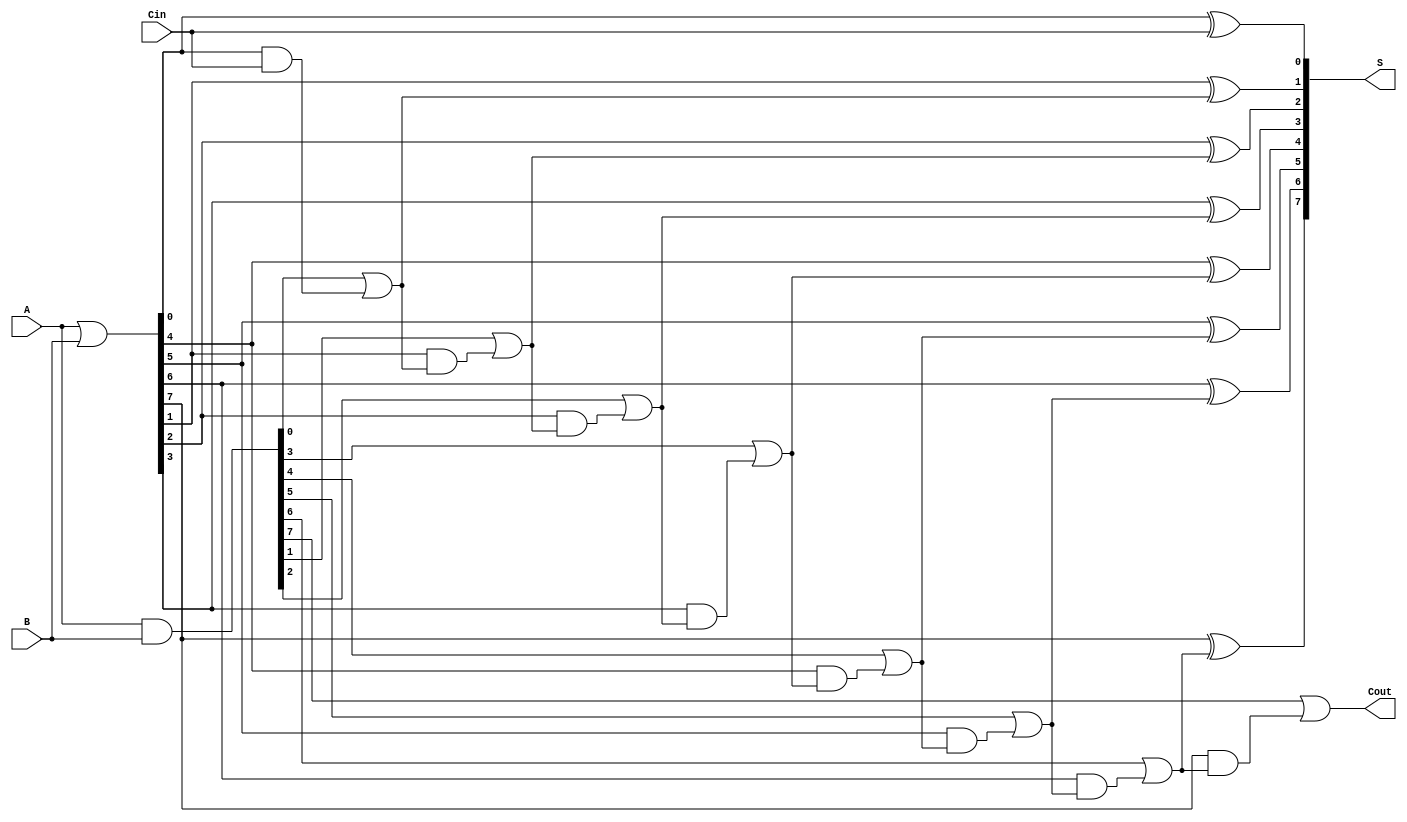
module brent_kung_adder #(parameter N = 8) (
    input  [N-1:0] A,      // First input
    input  [N-1:0] B,      // Second input
    input          Cin,     // Carry-in
    output [N-1:0] S,      // Sum output
    output         Cout     // Carry-out
);

    // Generate and Propagate signals
    wire [N-1:0] G; // Generate signals
    wire [N-1:0] P; // Propagate signals
    wire [N:0] C;   // Carry signals

    // Generate and Propagate calculations
    assign G = A & B;           // G[i] = A[i] AND B[i]
    assign P = A | B;           // P[i] = A[i] OR B[i]

    // Carry calculations
    assign C[0] = Cin;          // Initial carry-in

    // Stage 1: Calculate carries
    genvar i;
    generate
        for (i = 0; i < N; i = i + 1) begin : carry_gen
            if (i == 0) begin
                assign C[i + 1] = G[i] | (P[i] & C[i]); // C[1] = G[0] OR (P[0] AND C[0])
            end else begin
                assign C[i + 1] = G[i] | (P[i] & C[i]); // C[i + 1] = G[i] OR (P[i] AND C[i])
            end
        end
    endgenerate

    // Sum calculations
    generate
        for (i = 0; i < N; i = i + 1) begin : sum_gen
            assign S[i] = P[i] ^ C[i]; // S[i] = P[i] XOR C[i]
        end
    endgenerate

    // Final carry-out
    assign Cout = C[N]; // Cout = C[n]

endmodule